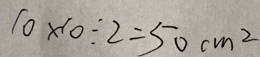
1 0 \times 1 0 \div 2 = 5 0 c m ^ { 2 }